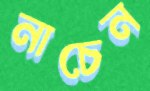
নাচেন